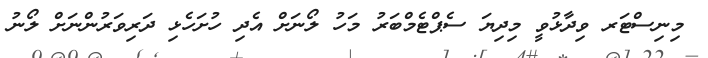
މިނިސްޓަރ ވިދާޅުވީ މިދިޔަ ސެޕްޓެމްބަރު މަހު ލޯނަށް އެދި ހުށަހެޅި ދަރިވަރުންނަށް ލޯނު